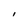
Character: l